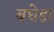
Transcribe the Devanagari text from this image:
बघेड़ा